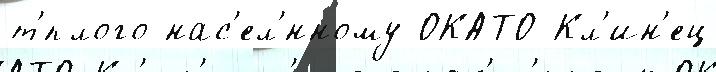
т'́плого нас'ел'́нному ОКАТО Кл'ин'ец